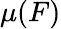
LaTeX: \mu(F)